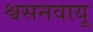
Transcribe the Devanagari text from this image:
श्वसनवायू